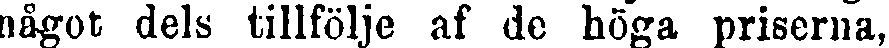
något dels tillfölje af de höga priserna,